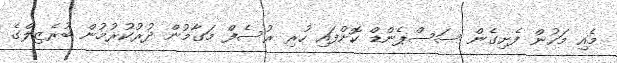
މެއި މަހުން ފެށިގެން ސަސްޕެންޑް ކޮށްފައި ހުރި ރުސެފް މަގާމުން ދުރުކުރުމުން ބުރެޒިލްގެ